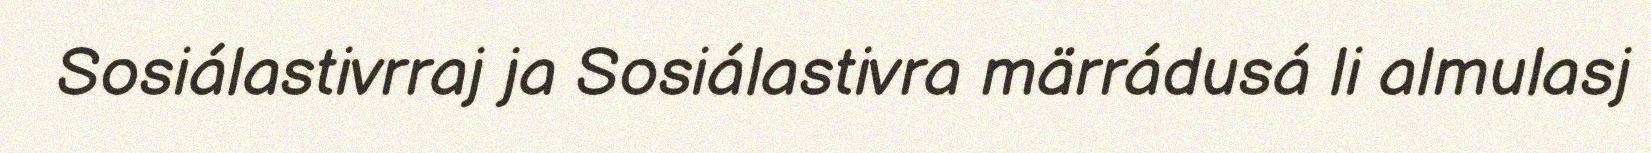
Sosiálastivrraj ja Sosiálastivra märrádusá li almulasj